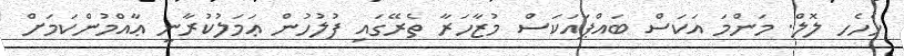
ހެހެހ ލޮލް. މަންމަ އަކަސް ބައްޕައަކަސް މުޒާހަރާ ތެރޭގައި ފުލުހުން ޢަމަލުކުރާނީ ޢާއްމުންކަމަށް